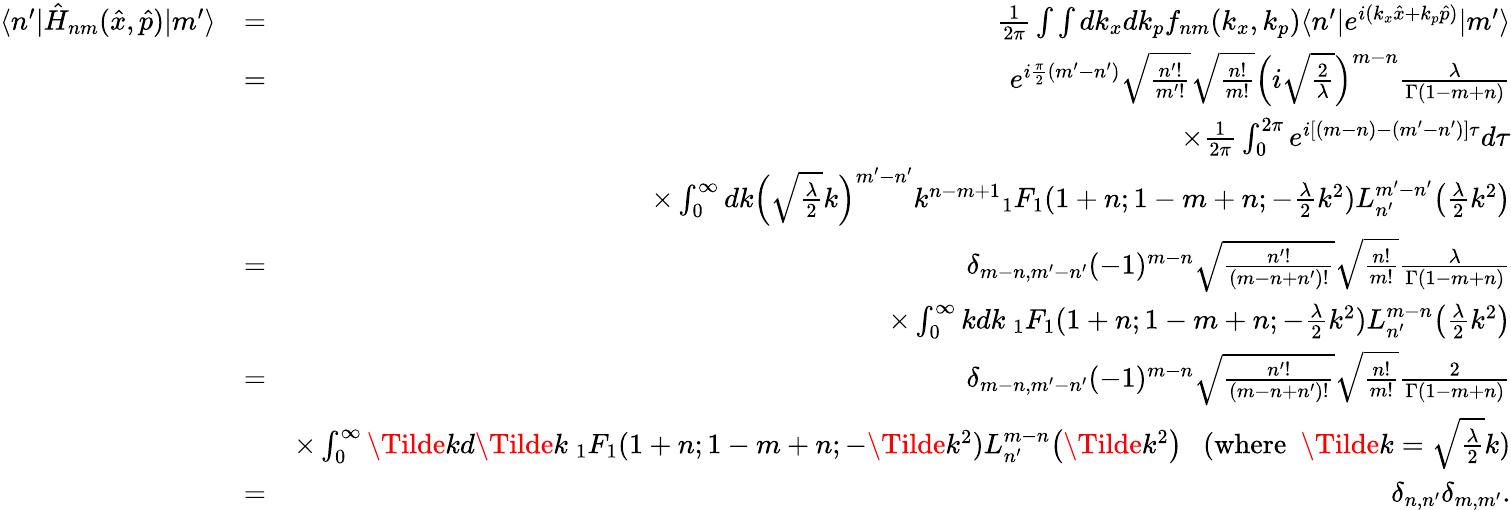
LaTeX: \begin{array}{rlr}{\langle n^{\prime}|\hat{H}_{nm}(\hat{x},\hat{p})|m^{\prime}\rangle}&{=}&{\frac{1}{2\pi}\int\int dk_{x}dk_{p}f_{nm}(k_{x},k_{p})\langle n^{\prime}|e^{i(k_{x}\hat{x}+k_{p}\hat{p})}|m^{\prime}\rangle}\\ &{=}&{e^{i\frac{\pi}{2}(m^{\prime}-n^{\prime})}\sqrt{\frac{n^{\prime}!}{m^{\prime}!}}\sqrt{\frac{n!}{m!}}\Big(i\sqrt{\frac{2}{\lambda}}\Big)^{m-n}\frac{\lambda}{\Gamma(1-m+n)}}\\ &{}&{\times\frac{1}{2\pi}\int_{0}^{2\pi}e^{i[(m-n)-(m^{\prime}-n^{\prime})]\tau}d\tau}\\ &{}&{\times\int_{0}^{\infty}dk\Big(\sqrt{\frac{\lambda}{2}}k\Big)^{m^{\prime}-n^{\prime}}k^{n-m+1}{_1F_{1}}(1+n;1-m+n;-\frac{\lambda}{2}k^{2})L_{n^{\prime}}^{m^{\prime}-n^{\prime}}\big(\frac{\lambda}{2}k^{2}\big)}\\ &{=}&{\delta_{m-n,m^{\prime}-n^{\prime}}(-1)^{m-n}\sqrt{\frac{n^{\prime}!}{(m-n+n^{\prime})!}}\sqrt{\frac{n!}{m!}}\frac{\lambda}{\Gamma(1-m+n)}}\\ &{}&{\times\int_{0}^{\infty}kdk\ {_1F_{1}}(1+n;1-m+n;-\frac{\lambda}{2}k^{2})L_{n^{\prime}}^{m-n}\big(\frac{\lambda}{2}k^{2}\big)}\\ &{=}&{\delta_{m-n,m^{\prime}-n^{\prime}}(-1)^{m-n}\sqrt{\frac{n^{\prime}!}{(m-n+n^{\prime})!}}\sqrt{\frac{n!}{m!}}\frac{2}{\Gamma(1-m+n)}}\\ &{}&{\times\int_{0}^{\infty}\Tilde{k}d\Tilde{k}\ {_1F_{1}}(1+n;1-m+n;-\Tilde{k}^{2})L_{n^{\prime}}^{m-n}\big(\Tilde{k}^{2}\big)\ \ \ (\mathrm{where}\ \ \Tilde{k}=\sqrt{\frac{\lambda}{2}}k)}\\ &{=}&{\delta_{n,n^{\prime}}\delta_{m,m^{\prime}}.}\end{array}